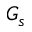
G _ { s }